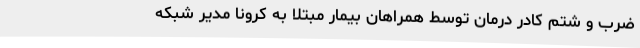
ضرب و شتم کادر درمان توسط همراهان بیمار مبتلا به کرونا مدیر شبکه